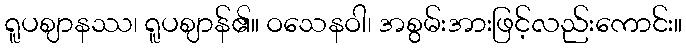
ရူပဈာနဿ၊ ရူပဈာန်၏။ ဝသေနဝါ၊ အစွမ်းအားဖြင့်လည်းကောင်း။